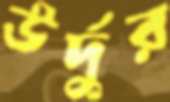
উর্দুর